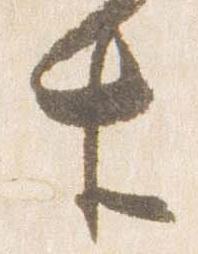
生